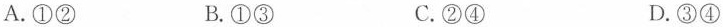
A.①② B.①③ C.②④ D.③④